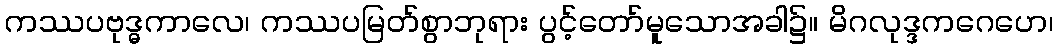
ကဿပဗုဒ္ဓကာလေ၊ ကဿပမြတ်စွာဘုရား ပွင့်တော်မူသောအခါ၌။ မိဂလုဒ္ဒကဂေဟေ၊